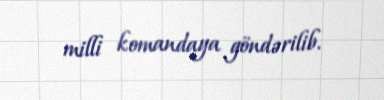
milli komandaya göndərilib.